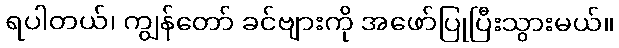
ရပါတယ်၊ ကျွန်တော် ခင်ဗျားကို အဖော်ပြုပြီးသွားမယ်။